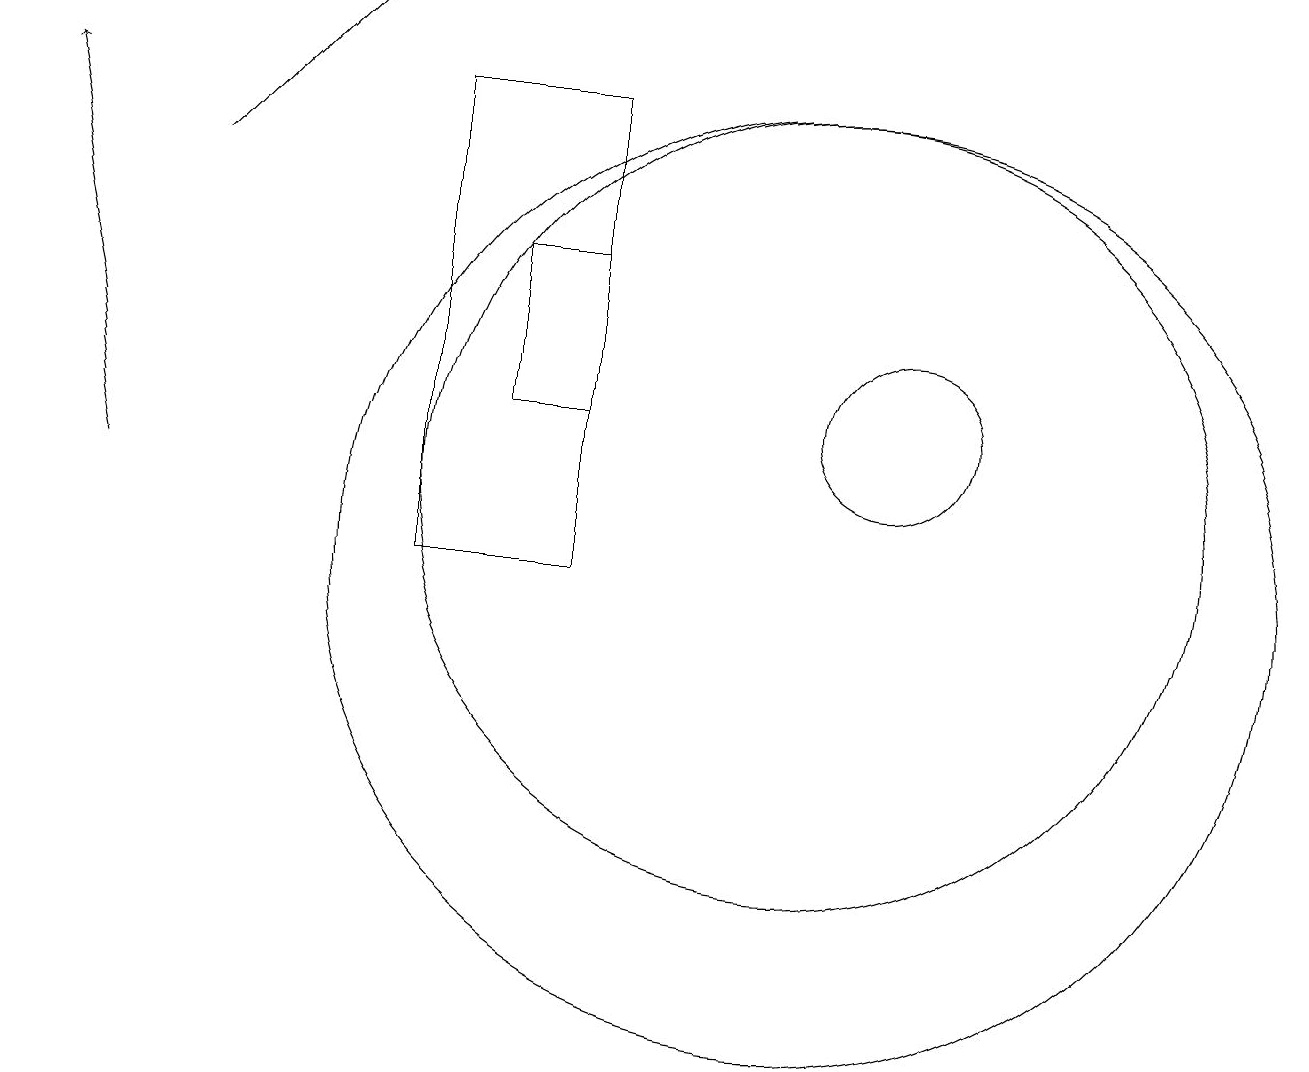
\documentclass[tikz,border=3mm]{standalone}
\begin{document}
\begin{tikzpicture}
\draw (11,11) circle (5);
\draw (7,12) rectangle (8,14);
\draw (11,10) circle (6);
\draw[->] (2,11) -- (1,16);
\draw[->] (3,15) -- (5,17);
\draw (12,12) circle (1);
\draw (8,16) rectangle (6,10);
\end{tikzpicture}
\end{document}